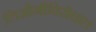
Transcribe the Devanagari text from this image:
लिओनीविरोधात